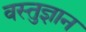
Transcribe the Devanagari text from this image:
वस्तुज्ञान